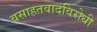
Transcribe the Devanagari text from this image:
वसाहतवादविरोधी